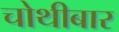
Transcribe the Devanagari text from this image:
चोथीबार